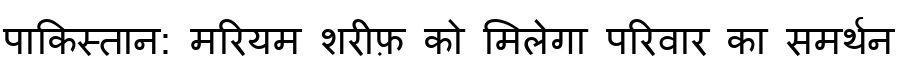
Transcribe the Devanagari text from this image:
पाकिस्तान: मरियम शरीफ़ को मिलेगा परिवार का समर्थन